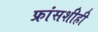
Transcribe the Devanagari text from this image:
फ्रांसशीही